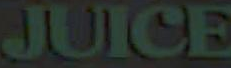
JUICE